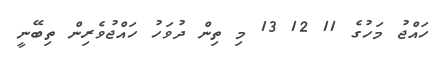
ހައްޖު މަހުގެ 11 12 13 މި ތިން ދުވަހު ހައްޖުވެރިން ތިބޭނީ